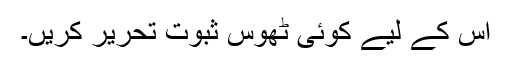
اس کے لیے کوئی ٹھوس ثبوت تحریر کریں۔